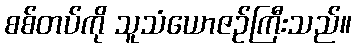
စစ်တပ်ကို သူသံယောဇဉ်ကြီးသည်။